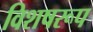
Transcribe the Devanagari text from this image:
विशषरूप